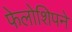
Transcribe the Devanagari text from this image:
फेलोशिपने